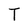
Character: T